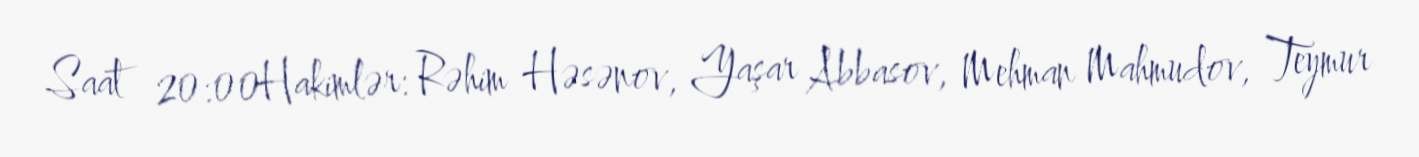
Saat 20:00Hakimlər: Rəhim Həsənov, Yaşar Abbasov, Mehman Mahmudov, Teymur